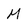
Character: M